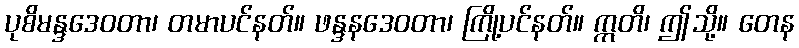
ပုစိမန္ဒဒေဝတာ၊ တမာပင်နတ်။ ဖန္ဒနဒေဝတာ၊ ကြို့ပင်နတ်။ ဣတိ၊ ဤသို့။ တေန